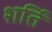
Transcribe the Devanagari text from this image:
शर्ति